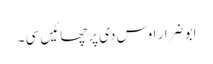
ابو ضرار اوس دی پرچھائیں سی ۔